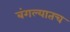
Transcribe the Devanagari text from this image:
बंगल्यातच